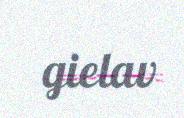
gielav